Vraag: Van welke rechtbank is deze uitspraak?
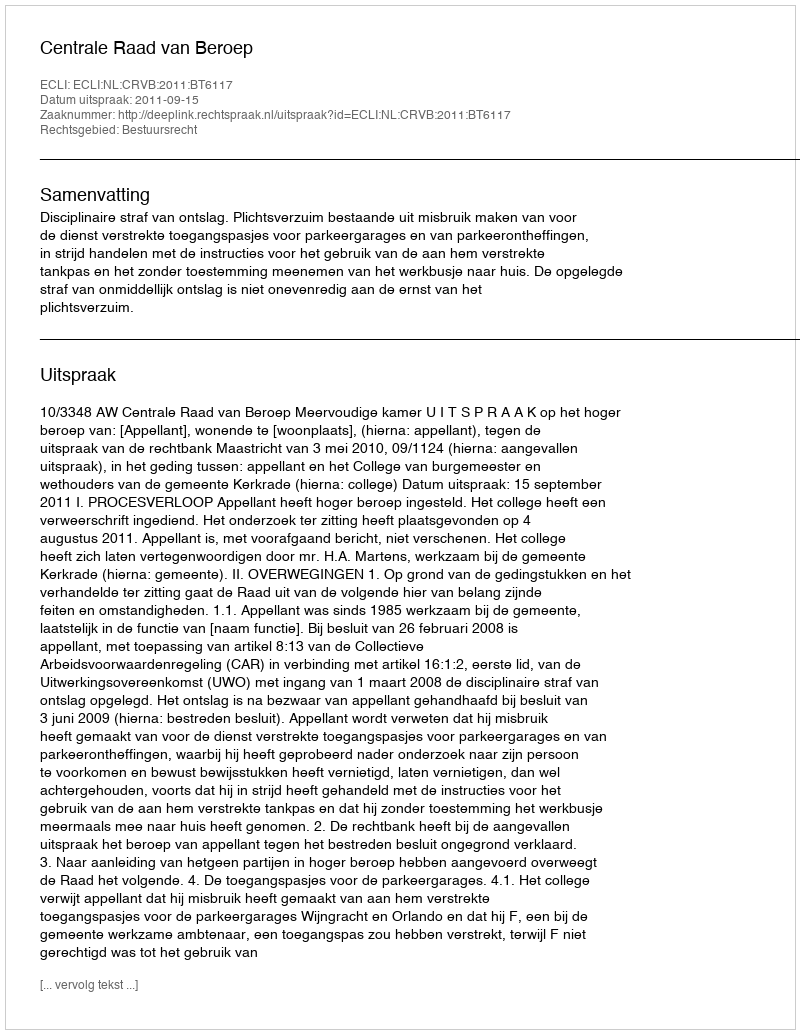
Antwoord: Centrale Raad van Beroep